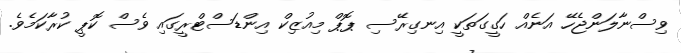
ވިސްނާލަންޖެހޭ އަނެއް ހަގީގަތަކީ އިނގިރޭސި ޕޮޕް މިއުޒިކް އިންޑަސްޓްރީގައި ވެސް ކޮޕީ ކުރާކަމެވެ.